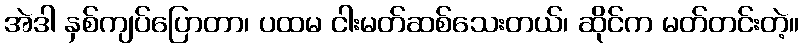
အဲဒါ နှစ်ကျပ်ပြောတာ၊ ပထမ ငါးမတ်ဆစ်သေးတယ်၊ ဆိုင်က မတ်တင်းတဲ့။